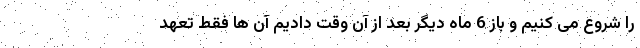
را شروع می کنیم و باز 6 ماه دیگر بعد از آن وقت دادیم آن ها فقط تعهد